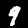
Label: 9